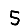
Digit: 5